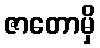
ဇာတောမှိ